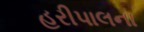
હરીપાલના